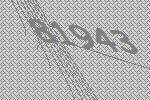
81943